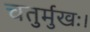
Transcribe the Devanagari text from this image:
चतुर्मुखः।